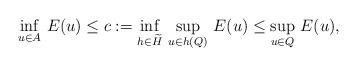
LaTeX: \begin{align*} \inf_{u \in A}\, E(u) \le c := \inf_{h \in \widetilde{H}}\, \sup_{u \in h(Q)}\, E(u) \le \sup_{u \in Q}\, E(u),\end{align*}